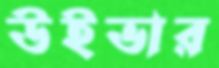
উইভার